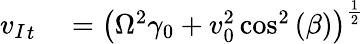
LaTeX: \begin{array}{rl}{{v_{I}}_{t}}&{{}=\left(\Omega^{2}\gamma_{0}+v_{0}^{2}\cos^{2}{(\beta)}\right)^{\frac{1}{2}}}\end{array}